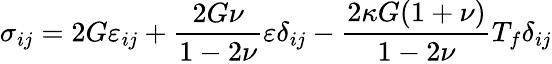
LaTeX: \sigma_{ij}=2G\varepsilon_{ij}+\frac{2G\nu}{1-2\nu}\varepsilon\delta_{ij}-\frac{2\kappa G(1+\nu)}{1-2\nu}T_{f}\delta_{ij}